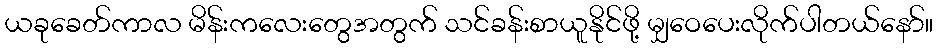
ယခုခေတ်ကာလ မိန်းကလေးတွေအတွက် သင်ခန်းစာယူနိုင်ဖို့ မျှဝေပေးလိုက်ပါတယ်နော်။